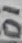
Text: D1